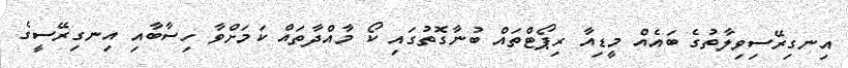
އިނގިރޭސިވިލާތުގެ ބައެއް މީޑިއާ ރިޕޯޓްތައް ބުނާގޮތުގައި ކޯ މާއްދާތައް ކަމަށްވާ ހިސާބާއި އިނގިރޭސީގެ